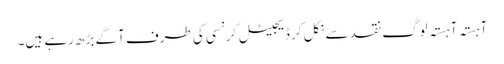
آہستہ آہستہ لوگ نقد سے نکل کر ڈیجیٹل کرنسی کی طرف آگے بڑھ رہے ہیں۔